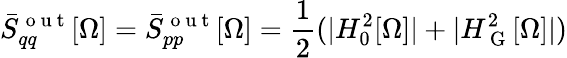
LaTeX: \bar{S}_{qq}^{\mathrm{~o~u~t~}}[\Omega]=\bar{S}_{pp}^{\mathrm{~o~u~t~}}[\Omega]=\frac{1}{2}(\vert H_{0}^{2}[\Omega]\vert+\vert H_{\mathrm{~G~}}^{2}[\Omega]\vert)